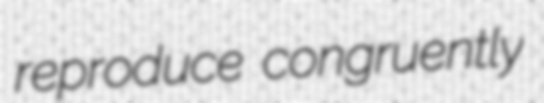
reproduce congruently